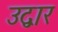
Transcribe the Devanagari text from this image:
उद्वार